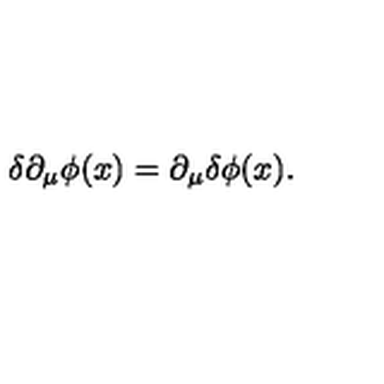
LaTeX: \delta \partial _ { \mu } \phi ( x ) = \partial _ { \mu } \delta \phi ( x ) .